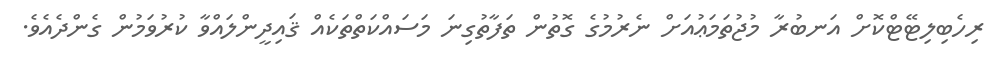
ރިހެބިލިޓޭޓްކޮށް އަނބުރާ މުޖުތަމަޢުއަށް ނެރުމުގެ ގޮތުން ތަފާތުގިނަ މަސައްކަތްތަކެއް ޤައިދީންލައްވާ ކުރުވަމުން ގެންދެއެވެ.